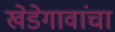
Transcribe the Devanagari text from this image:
खेडेगावांचा